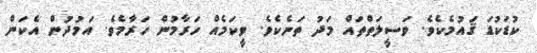
ކުޑަކުޑަ ޤައުމެކެވެ. ވަސީލަތްތައް މަދު ތަނެކެވެ. ވީކަމެއް ހަރާމުން ހަރާމެވެ. އަމުދުން އެކަން